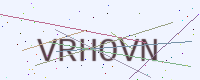
Text: VRHOVN